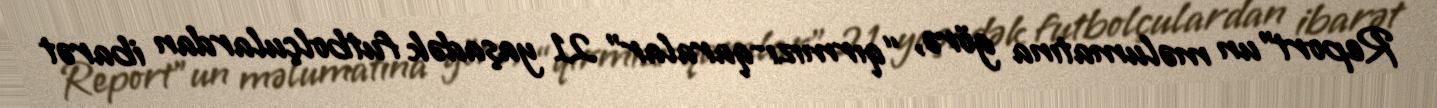
Report"un məlumatına görə, “qırmızı-qaralar” 21 yaşadək futbolçulardan ibarət